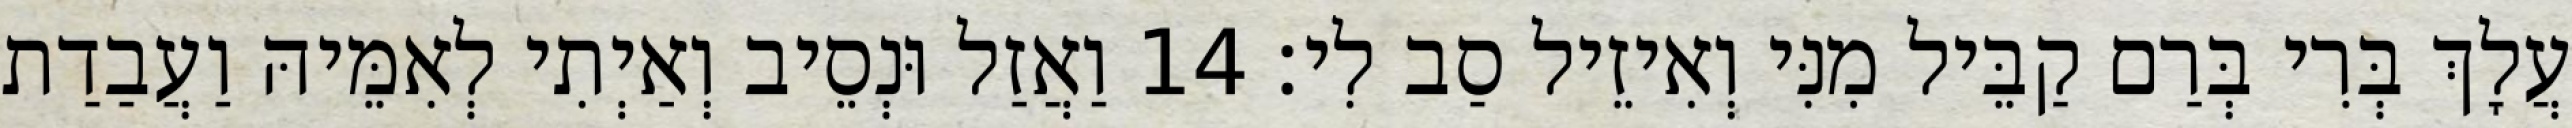
עֲלָךְ בְּרִי בְּרַם קַבֵּיל מִנִּי וְאִיזֵיל סַב לִי׃ 14 וַאֲזַל וּנְסֵיב וְאַיְתִי לְאִמֵּיהּ וַעֲבַדַת